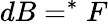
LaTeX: dB=^{*}F